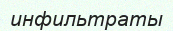
инфильтраты